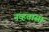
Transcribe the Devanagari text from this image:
नव्हतासा